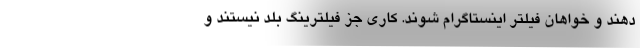
دهند و خواهان فيلتر اينستاگرام شوند. كاري جز فيلترينگ بلد نيستند و